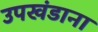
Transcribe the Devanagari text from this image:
उपखंडाना